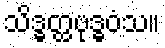
သိဒ္ဓတ္ထဗုဒ္ဓဝံသ။